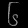
Digit: ၆